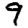
Digit: 9